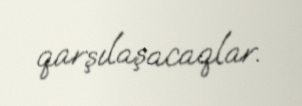
qarşılaşacaqlar.